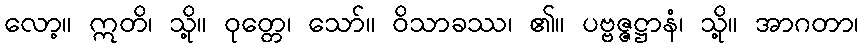
လော့။ ဣတိ၊ သို့။ ဝုတ္တေ၊ သော်။ ဝိသာခဿ၊ ၏။ ပဗ္ဗဇ္ဇဋ္ဌာနံ၊ သို့။ အာဂတာ၊